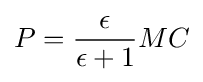
P={\frac {\epsilon }{\epsilon +1}}MC